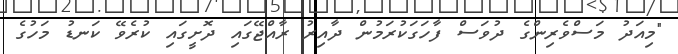
"މިއަދު މަސްވެރިންގެ ދުވަސް ފާހަގަކުރަމުން ދާއިރު ރާއްޖޭގައި ދޮށީގައި ކުރެވޭ ކަނޑު މަހުގެ